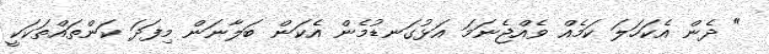
" ދެން އެކަހަލަ ކަމެއް ވެއްޖެނަމަ އަޅުގަނޑުމެން އެކަން ބަލާނަން މިފަދަ ކަންތައްތަކަކީ